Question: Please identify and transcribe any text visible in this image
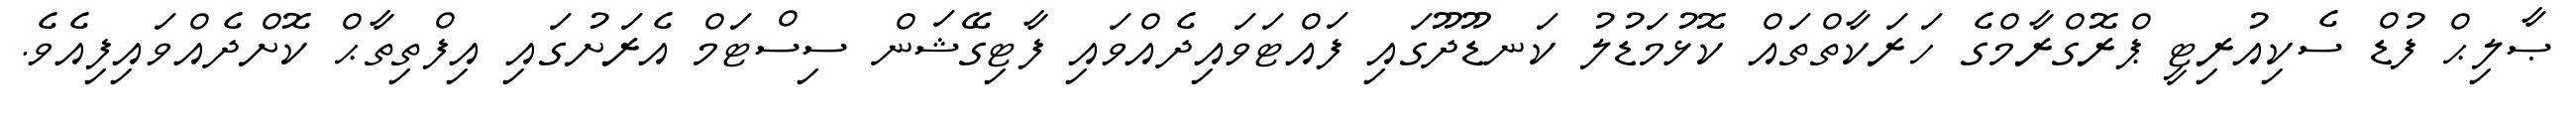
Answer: ޞާލިޙް ފުޑް ސެކިއުރިޓީ ޕްރޮގްރާމްގެ ހަރަކާތްތައް ކޮޅުމަޑުލު ކަނޑޫދޫގައި ފައްޓަވައިދެއްވައި ފާޓިގޭޝަން ސިސްޓަމް އެރަށުގައި އިފްތިތާޙް ކޮށްދެއްވައިފިއެވެ.